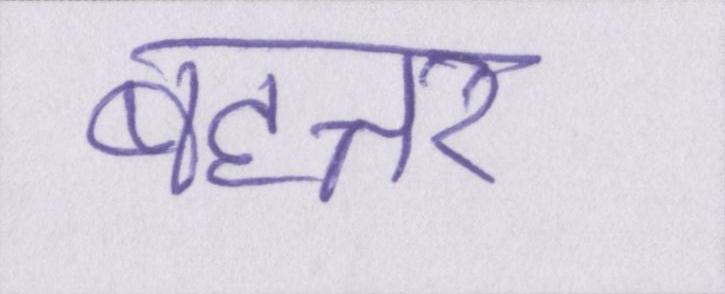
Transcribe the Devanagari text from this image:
बहत्तर